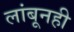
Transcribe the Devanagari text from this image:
लांबूनही